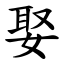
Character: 娶